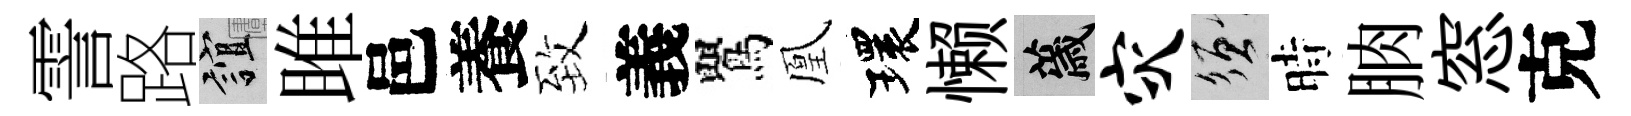
霅路誼雎邑養致義鸎凰環懒薉灾須時朒窓克